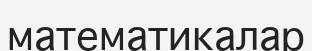
математикалар